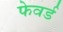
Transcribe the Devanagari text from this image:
फेवर्ड